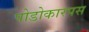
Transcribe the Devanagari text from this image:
पोडोकारपस